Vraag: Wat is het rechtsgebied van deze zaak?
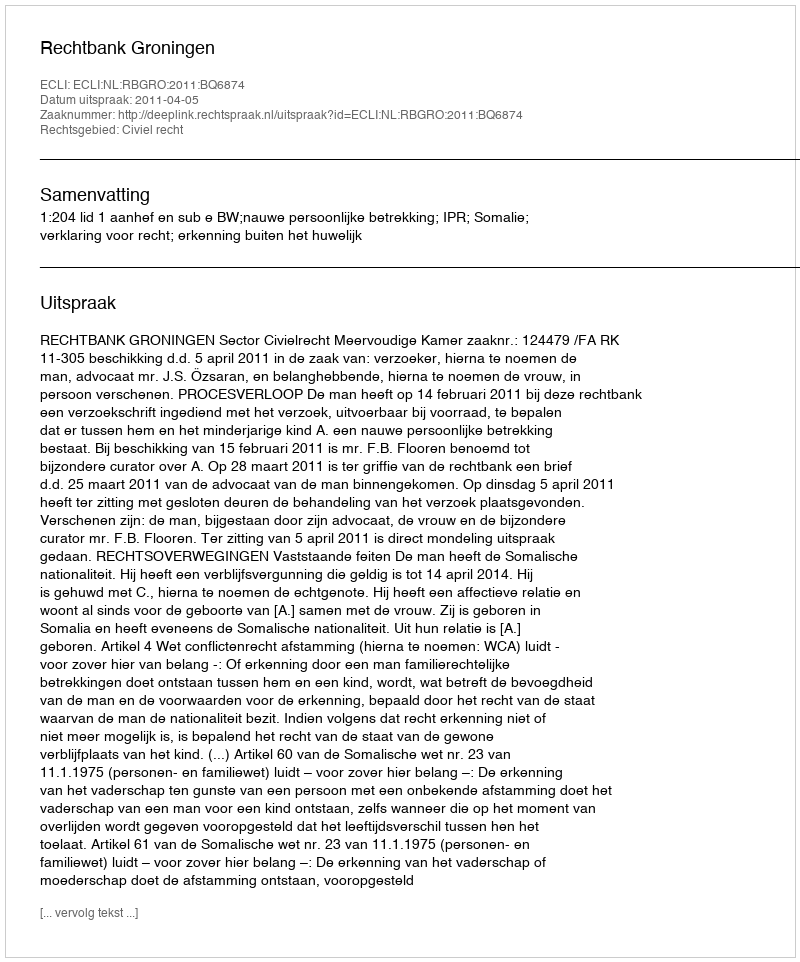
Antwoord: Civiel recht